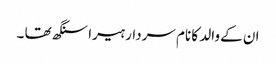
ان کے والد کا نام سردار ہیرا سنگھ تھا ۔